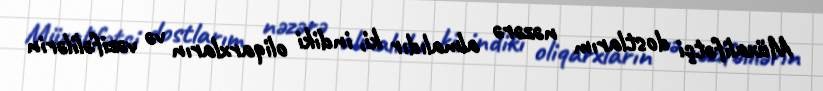
Müxalifətçi dostlarım nəzərə almalıdır ki, indiki oliqarxların və vəzifəlilərin